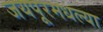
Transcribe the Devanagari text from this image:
जयपूरमधल्या